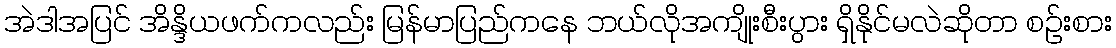
အဲဒါအပြင် အိန္ဒိယဖက်ကလည်း မြန်မာပြည်ကနေ ဘယ်လိုအကျိုးစီးပွား ရှိနိုင်မလဲဆိုတာ စဉ်းစား